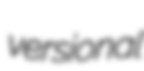
versional